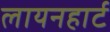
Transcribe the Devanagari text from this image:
लायनहार्ट